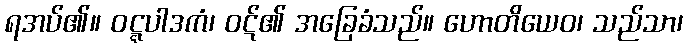
ရအပ်၏။ ဝဋ္ဋပါဒကံ၊ ဝဋ်၏ အခြေခံသည်။ ဟောတိယေဝ၊ သည်သာ၊